Vaccination in Bombay 1924-1928 - 1924-1928
Year: 1924
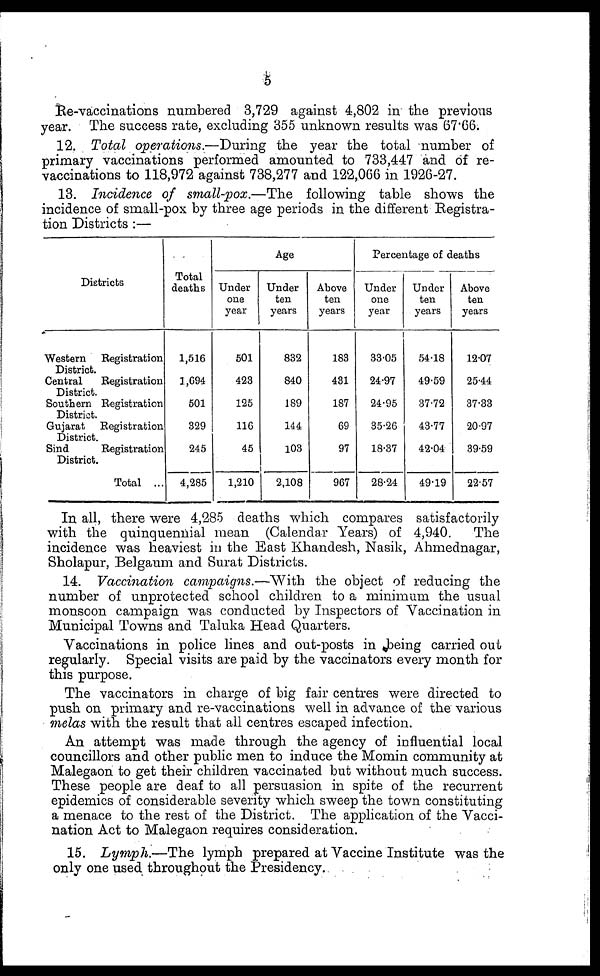
5
Re-vaccinations numbered 3,729 against 4,802 in the previous
year. The success rate, excluding 355 unknown results was 67.66.
12. Total operations.—During the year the total number of
primary vaccinations performed amounted to 733,447 and of re¬
vaccinations to 118,972 against 738,277 and 122,066 in 1926-27.
13. Incidence of small-pox.—The following table shows the
incidence of small-pox by three age periods in the different Registra-
tion Districts :—
Districts
Western
Registration
District.
Central
Registration
District.
Southern Registration
District.
Gujarat
Registration
District.
Sind
Registration
District.
Total ...
Total
deaths
1,516
1,694
501
329
245
4,285
Age
Under
one
year
501
423
125
116
45
1,210
Under
ten
years
832
840
189
144
103
2,108
Above
ten
years
183
431
187
69
97
967
Percentage of deaths
Under
one
year
33.05
24.97
24.95
35.26
18.37
28.24
Under
ten
years
54.18
49.59
37.72
43.77
42.04
49.19
Above
ten
years
12.07
25.44
37.33
20.97
39.59
22.57
In all, there were 4,285 deaths which compares satisfactorily
with the quinquennial mean (Calendar Years) of 4,940.
The
incidence was heaviest in the East Khandesh, Nasik, Ahmednagar,
Sholapur, Belgaum and Surat Districts.
14. Vaccination campaigns.—With the object of reducing the
number of unprotected school children to a minimum the usual
monsoon campaign was conducted by Inspectors of Vaccination in
Municipal Towns and Taluka Head Quarters.
Vaccinations in police lines and out-posts in being carried out
regularly. Special visits are paid by the vaccinators every month for
this purpose.
The vaccinators in charge of big fair centres were directed to
push on primary and re-vaccinations well in advance of the various
melas with the result that all centres escaped infection.
An attempt was made through the agency of influential local
councillors and other public men to induce the Momin community at
Malegaon to get their children vaccinated but without much success.
These people are deaf to all persuasion in spite of the recurrent
epidemics of considerable severity which sweep the town constituting
a menace to the rest of the District. The application of the Vacci-
nation Act to Malegaon requires consideration.
15. Lymph.—The lymph prepared at Vaccine Institute was the
only one used throughout the Presidency.